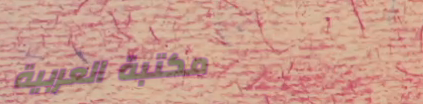
مكتبة العربية